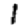
Digit: 1